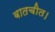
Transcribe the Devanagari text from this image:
बातचीत।